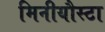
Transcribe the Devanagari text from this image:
मिनीयौस्टा